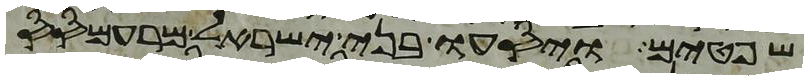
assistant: שפטים ויסעו בני ישראל מרעמסס